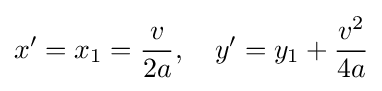
x'=x_{1}={\frac {v}{2a}},\quad y'=y_{1}+{\frac {v^{2}}{4a}}